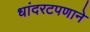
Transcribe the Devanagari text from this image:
धांदरटपणाने